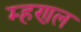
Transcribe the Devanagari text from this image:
म्हणल